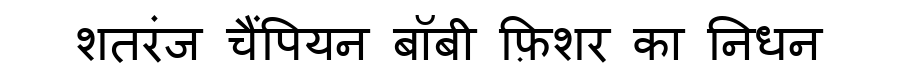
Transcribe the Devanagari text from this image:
शतरंज चैंपियन बॉबी फ़िशर का निधन